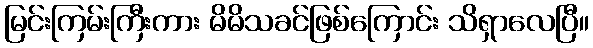
မြင်းကြမ်းကြီးကား မိမိသခင်ဖြစ်ကြောင်း သိရှာလေပြီ။